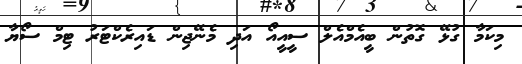
މިކަމާ ގުޅޭ ގޮތުން ބީއެމްއެލް ސީއީއޯ އަދި މެނޭޖިން ޑައިރެކްޓަރު ޓިމް ސޯޔާ